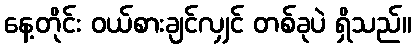
နေ့တိုင်း ဝယ်စားချင်လျှင် တစ်ခုပဲ ရှိသည်။